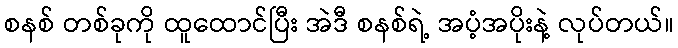
စနစ် တစ်ခုကို ထူထောင်ပြီး အဲဒီ စနစ်ရဲ့ အပံ့အပိုးနဲ့ လုပ်တယ်။